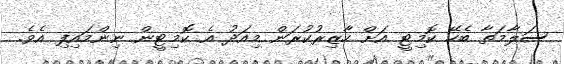
ސަލާމަތާ ބެހޭ ކޮމިޓީ އަށް ހާޒިރުކުރަން މިއަދު އެ ކޮމިޓީން ނިންމައިފި އެވެ.